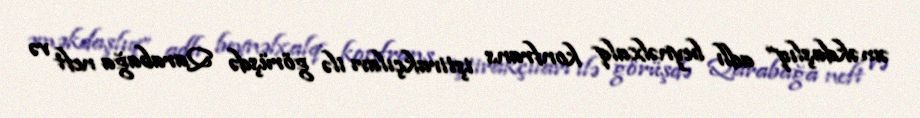
əməkdaşlıq” adlı beynəlxalq konfrans iştirakçıları ilə görüşdə Qarabağa neft və